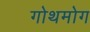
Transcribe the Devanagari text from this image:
गोथमोग